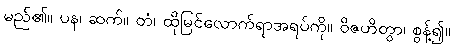
မည်၏။ ပန၊ ဆက်။ တံ၊ ထိုမြင်လောက်ရာအရပ်ကို။ ဝိဇဟိတွာ၊ စွန့်၍။